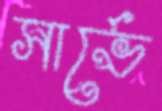
সার্ভে